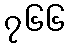
၇၆၆